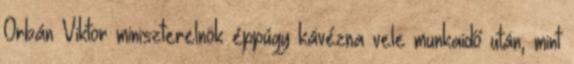
Orbán Viktor miniszterelnök éppúgy kávézna vele munkaidő után, mint